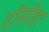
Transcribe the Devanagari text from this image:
वॉर्सोवर